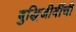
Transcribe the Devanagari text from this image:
बुद्धिजीवींची